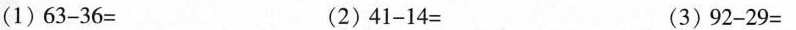
(1) 63-36= (2) 41-14= (3) 92-29=